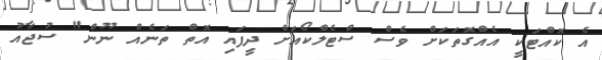
އެ ކޮއްޓަކީ އެއްގޮތަކަށް ވެސް ސްޓެލްކޯއަށް ދީފައި އޮތް ތަނެއް ނޫން" ސުޖާއު